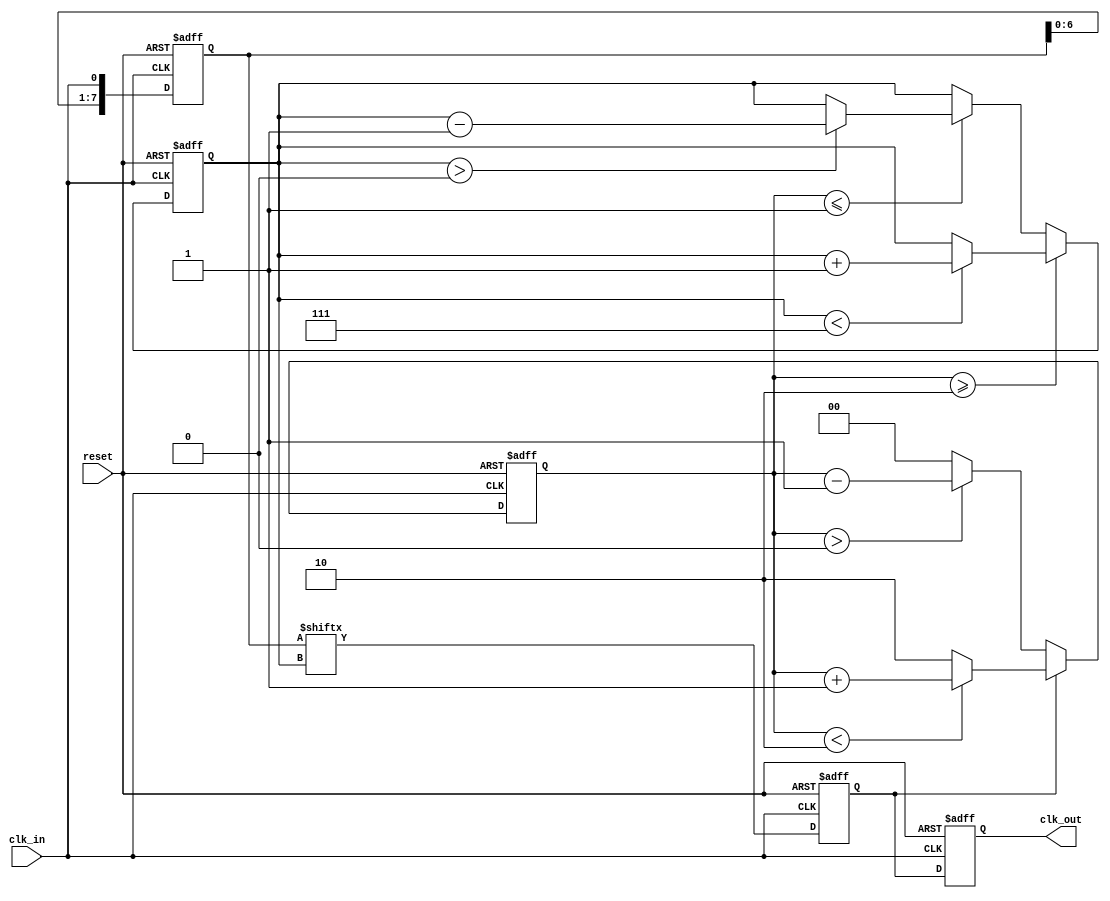
module MemoryBlocksDLL (
    input wire clk_in,         // Input clock
    input wire reset,          // Reset signal
    output reg clk_out         // Output clock
);

    // Parameters
    parameter NUM_DELAY_ELEMENTS = 8; // Number of delay elements
    parameter LOCK_THRESHOLD = 2;       // Phase lock threshold

    // Internal signals
    reg [NUM_DELAY_ELEMENTS-1:0] delay_line; // Delay line
    reg [2:0] delay_ctrl;                   // Delay control signal
    reg clk_delayed;                        // Delayed clock signal
    reg [1:0] phase_error;                  // Phase error signal
    reg locked;                             // Lock status

    // Phase Detector
    always @(posedge clk_in or posedge reset) begin
        if (reset) begin
            phase_error <= 2'b00;
        end else begin
            // Compare input clock with delayed clock
            if (clk_delayed) begin
                phase_error <= (phase_error < LOCK_THRESHOLD) ? phase_error + 1 : LOCK_THRESHOLD;
            end else begin
                phase_error <= (phase_error > 0) ? phase_error - 1 : 2'b00;
            end
        end
    end

    // Control Logic
    always @(posedge clk_in or posedge reset) begin
        if (reset) begin
            delay_ctrl <= 3'b000; // Reset control
        end else begin
            if (phase_error >= LOCK_THRESHOLD) begin
                // Output clock is leading, increase delay
                if (delay_ctrl < NUM_DELAY_ELEMENTS - 1) begin
                    delay_ctrl <= delay_ctrl + 1;
                end
            end else if (phase_error <= 1) begin
                // Output clock is lagging, decrease delay
                if (delay_ctrl > 0) begin
                    delay_ctrl <= delay_ctrl - 1;
                end
            end
        end
    end

    // Delay Line
    always @(posedge clk_in or posedge reset) begin
        if (reset) begin
            delay_line <= 0; // Reset delay line
            clk_delayed <= 0; // Reset delayed clock
        end else begin
            // Shift the delay line based on control signal
            delay_line <= {delay_line[NUM_DELAY_ELEMENTS-2:0], clk_in};
            clk_delayed <= delay_line[delay_ctrl]; // Select delayed clock
        end
    end

    // Output Buffer
    always @(posedge clk_in or posedge reset) begin
        if (reset) begin
            clk_out <= 0; // Reset output clock
            locked <= 0;   // Reset lock status
        end else begin
            clk_out <= clk_delayed; // Buffer the delayed clock
            // Update lock status based on phase error
            locked <= (phase_error < LOCK_THRESHOLD) ? 1 : 0;
        end
    end

endmodule